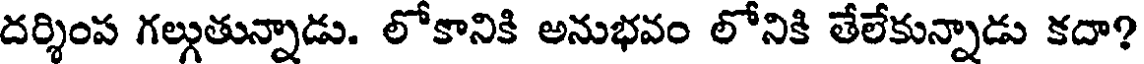
దర్శింప గల్గుతున్నాడు. లోకానికి అనుభవం లోనికి తేలేకున్నాడు కదా?